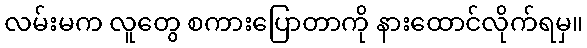
လမ်းမက လူတွေ စကားပြောတာကို နားထောင်လိုက်ရမှ။